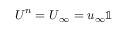
\boldsymbol { U } ^ { n } = \boldsymbol { U } _ { \infty } = u _ { \infty } \mathbb { 1 }